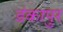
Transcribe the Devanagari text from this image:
डंकापुर